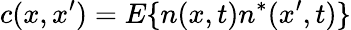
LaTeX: c(x,x^{\prime})=E\{ n(x,t)n^{*}(x^{\prime},t)\}